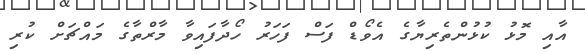
އާއި މޮޅު ކުޅުންތެރިޔާގެ އެވޯޑް ފަސް ފަހަރު ހޯދާފައިވާ މާރްތާގެ މައްޗަށް ކުރި